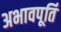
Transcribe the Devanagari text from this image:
अभावपूर्ति